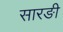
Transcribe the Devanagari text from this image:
सारङी